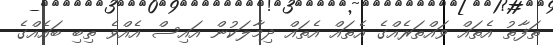
ތަފާތު އެތައް ވައްތަރެއްގެ އެތައް އެތައް ދިމާލަކުން އައިސް އެއްވެ ތިބި ބައެއްގެ